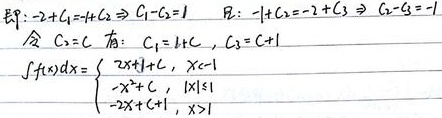
\[
\begin{align*}
&\text{即：}-2 + C_1=-1 + C_2\Rightarrow C_1 - C_2 = 1\\
&\text{  }-1 + C_2=-2 + C_3\Rightarrow C_2 - C_3=-1\\
&\text{令 }C_2 = C\text{，有：}C_1 = 1 + C，C_3 = C + 1\\
&\int f(x)dx=
\begin{cases}
2x + C_1,\quad x\lt - 1\\
-x^2 + C,\quad |x|\leq1\\
2x + C_3,\quad x\gt1
\end{cases}
\end{align*}
\]